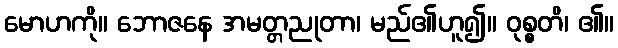
မောဟကို။ ဘောဇနေ အမတ္တညုတာ၊ မည်၏ဟူ၍။ ဝုစ္စတိ၊ ၏။